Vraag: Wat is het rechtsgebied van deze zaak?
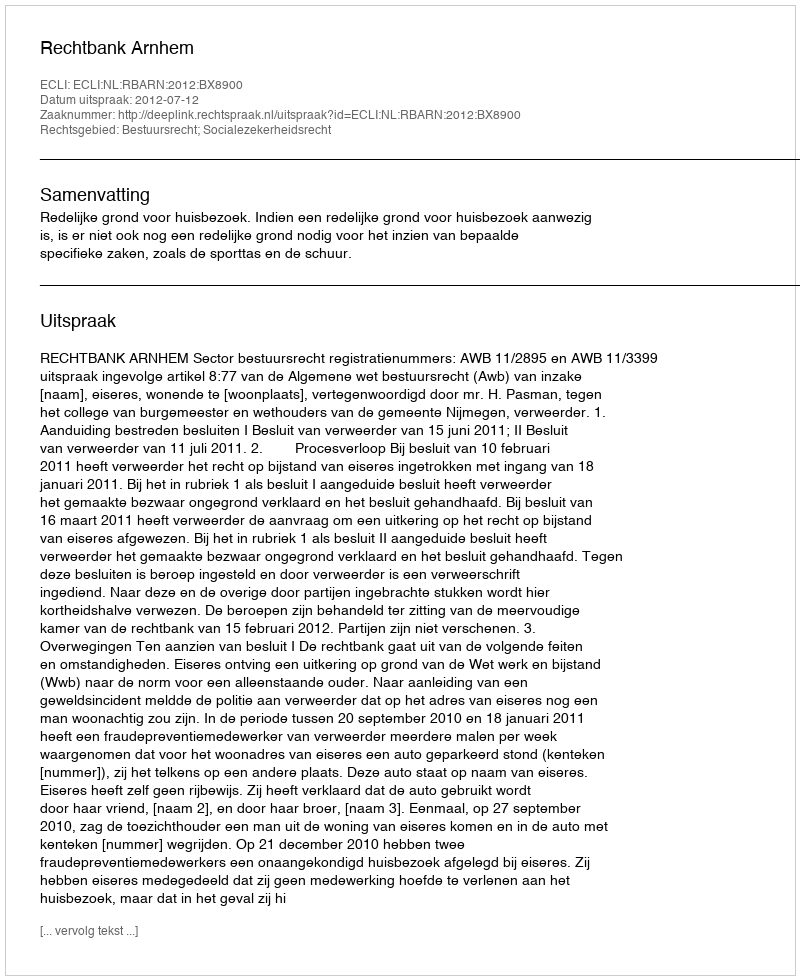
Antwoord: Bestuursrecht; Socialezekerheidsrecht